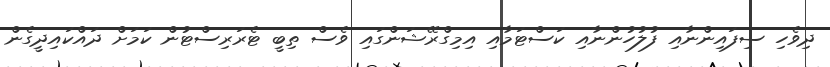
ދިވެހި ސިފައިންނާއި ފުލުހުންނާއި ކަސްޓަމާއި އިމިގްރޭޝަންގައި ވެސް ތިބީ ޓެރަރިސްޓުން ކަމަށް ދައްކައިދީގެން